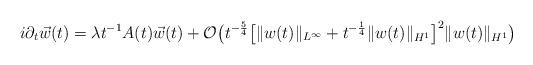
LaTeX: \begin{align*}i\partial_t \vec w(t) = \lambda t^{-1} A(t)\vec w(t)+ \mathcal{O}\bigl( t^{-\frac54}\bigl[\|w(t)\|_{L^\infty} + t^{-\frac14}\|w(t)\|_{H^1}\bigr]^2\|w(t)\|_{H^1}\bigr)\end{align*}